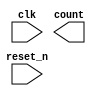
/* CSED273 lab6 experiment 1 */
/* lab6_1.v */

`timescale 1ps / 1fs

/* Implement synchronous BCD decade counter (0-9)
 * You must use JK flip-flop of lab6_ff.v */
module decade_counter(input reset_n, input clk, output [3:0] count);

    ////////////////////////
    /* Add your code here */
    ////////////////////////
	
endmodule